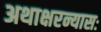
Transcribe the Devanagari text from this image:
अथाक्षरन्यासः